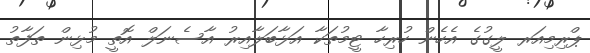
ޕްރިމިއަރ ލީގުގެ އެހެން ހުރިހާ ޓީމުތަކާ އަޅާބަލާއިރު އާސެނަލް އޮޮތީ މުޅިން ތަފާތު